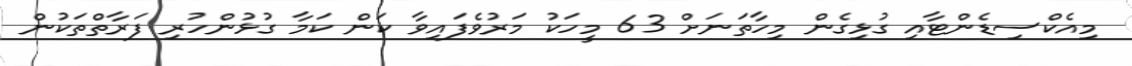
މިއެކްސިޑެންޓާއި ގުޅިގެން މިހާތަނަށް 63 މީހަކު މަރުވެފައިވާ ކަން ކަމާ ގުޅުންހުރި ފަރާތްތަކުން